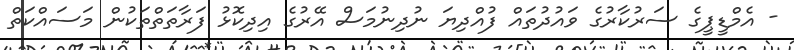
- އެމްޑީޕީގެ ސަރުކާރުގެ ވައުދުތައް ފުއްދިޔަ ނުދިނުމަސް އޭރުގެ އިދިކޮޅު ފަރާތަތްތަކުން މަސައްކަތް